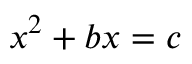
\ x ^ { 2 } + b x = c